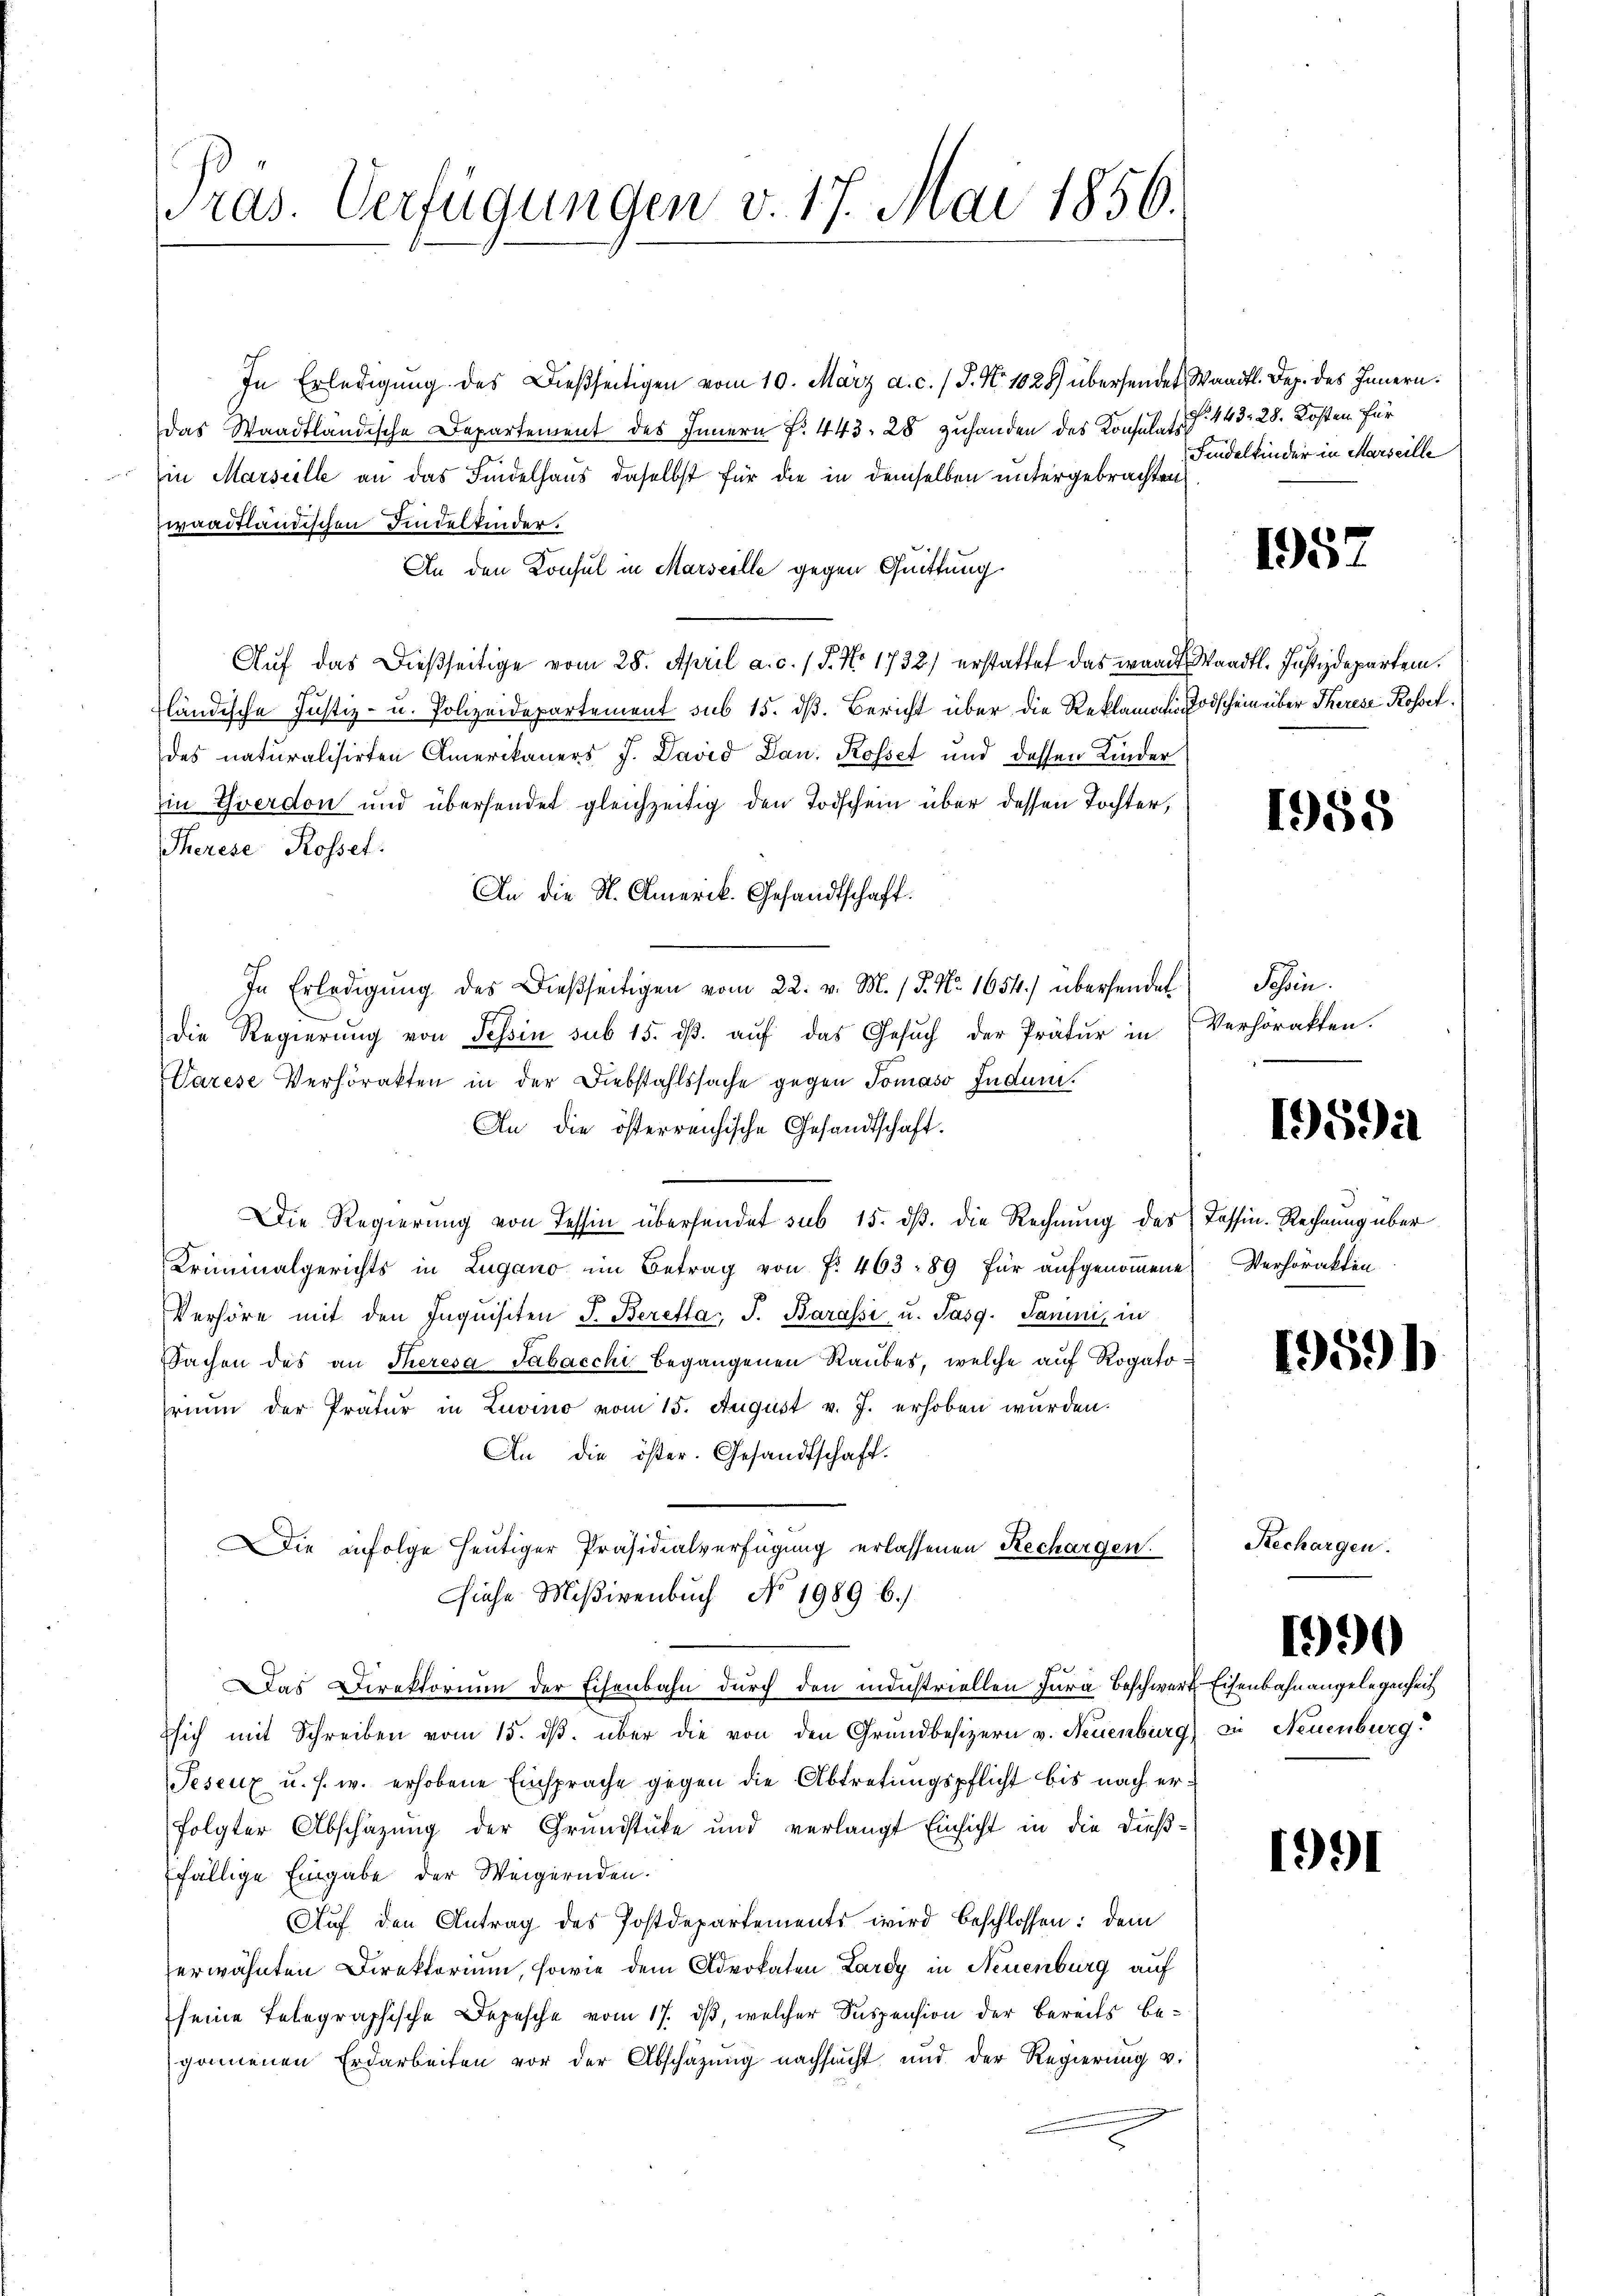
ras. Verfügungen v. 17. Mai 1856.

In Erledigŭng des Dießseitigen vom 10. März a. c. / P. Nr. 1028 übersendet Waadt. Dez. des Innern.
Das Waadtländische Departement des Innern N. 443, 28 Zuhanden des Konsulats
in Marseille an das Findelhaus daselbst für die in demselben untergebrachten
waadtländischen Findelkinder.
An den Konsul in Marseille gegen Quittung
Aŭf das dießseitige vom 28. April a. c. / 5. No 1732) erstattet das waadt Waadt. Justizdepartem.
fländische Justiz- u. Polizeidepartement sub 15. dβ. Bericht über die Reklamatis Todschein über Therese Rosset.
des naturalisirten Amerikaners J. David Dan. Rosset und dessen Kinder
Ein Yverdon und übersendet gleichzeitig den Todschein über dessen Tochter,
Therese Rosset.
An die N. Amerik. Gesandtschaft.
In Erledigŭng des dießseitigen vom 22. v. M. / P. Nr. 1654.) übersendet
Die Regierung von Tessin sub 15. dβ. aŭf das Gesŭch der Prätur in Verhörakten.
Varese Verhörakten in der Diebstahlssache gegen Tomaso Jndum.
An die österreichische Gesandtschaft.
Die Regierung von Tessin übersendet sub 15. dß. die Rechnung des Tessin-Rechnung über
Kriminalgerichts in Lugano im Betrag von f. 463 - 89 für aufgenoṁene Verhörakten
Verhöre mit den Inquisiten J. Berefta: J. Barassi, u. Pasg. Janini, in
Sachen des an Theresa Tabacchi begangenen Raubes, welche auf Rogatorium der Prätur in Luvino vom 15. August v. J. erhoben wurden.
An die öster. Gesandtschaft.
Die infolge heutiger Präsidialverfügung erlassenen Rechargen.
siehe Mißivenbuch No 1989 6./
Das Direktorium der Eisenbahn durch den industriellen Jura beschwert Eisenbahnangelegenheit
Esich mit Schreiben vom 15. dβ. über die von den Grundbesizern v. Neuenburg) zu Neuenburg
Peseux u. s. w. erhobene Einsprache gegen die Abtretungspflicht bis nach erfolgter Abschazung der Grundstüke und verlangt Einsicht in die dieß¬
Efällige Eingabe der Weigernden.
Auf den Antrag des Postdepartements wird beschlossen: dem
erwähnten Direktorium, sowie dem Advokaten Lardy in Neuenburg auf
seine Telegraphische Depesche vom 17. ds, welcher Suspension der bereits begonnenen Erdarbeiten vor der Abschäzŭng nachsucht und der Regierŭng v.

N. 443. 28. Kosten für
Findelkinder in Marseille

195.

1988

Schsen.

195.

1959)

Rechargen.

1990

1991